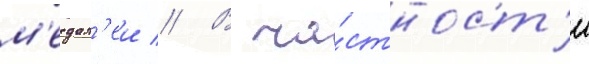
м'едал'еи // В ча́стност'и